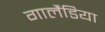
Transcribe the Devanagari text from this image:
गार्लैंडिया